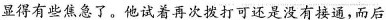
显得有些焦急了。他试着再次拨打可还是没有接通，而后